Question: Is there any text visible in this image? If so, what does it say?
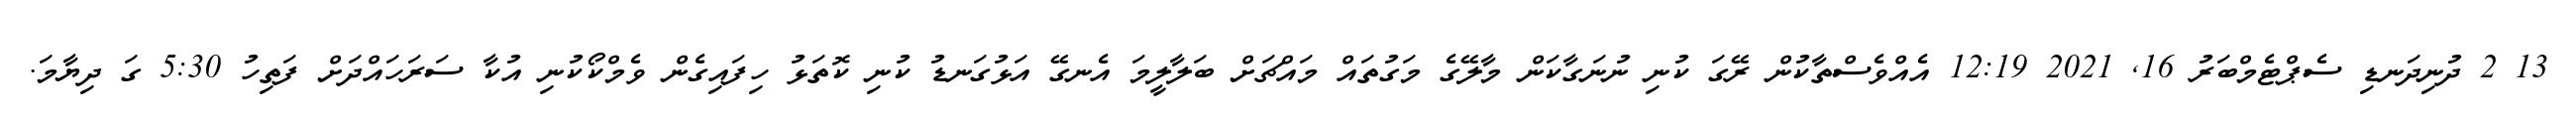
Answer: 13 2 ދުނިދަނޑި ސެޕްޓެމްބަރު 16, 2021 12:19 އެއްވެސްތާކުން ރޭގަ ކުނި ނުނަގާކަން މާލޭގެ މަގުތައް މައްޗަށް ބަލާލީމަ އެނގޭ އަޅުގަނޑު ކުނި ކޮތަޅު ހިފައިގެން ވެމްކޯކުނި އުކާ ސަރަހައްދަށް ފަތިހު 5:30 ގަ ދިޔާމަ.